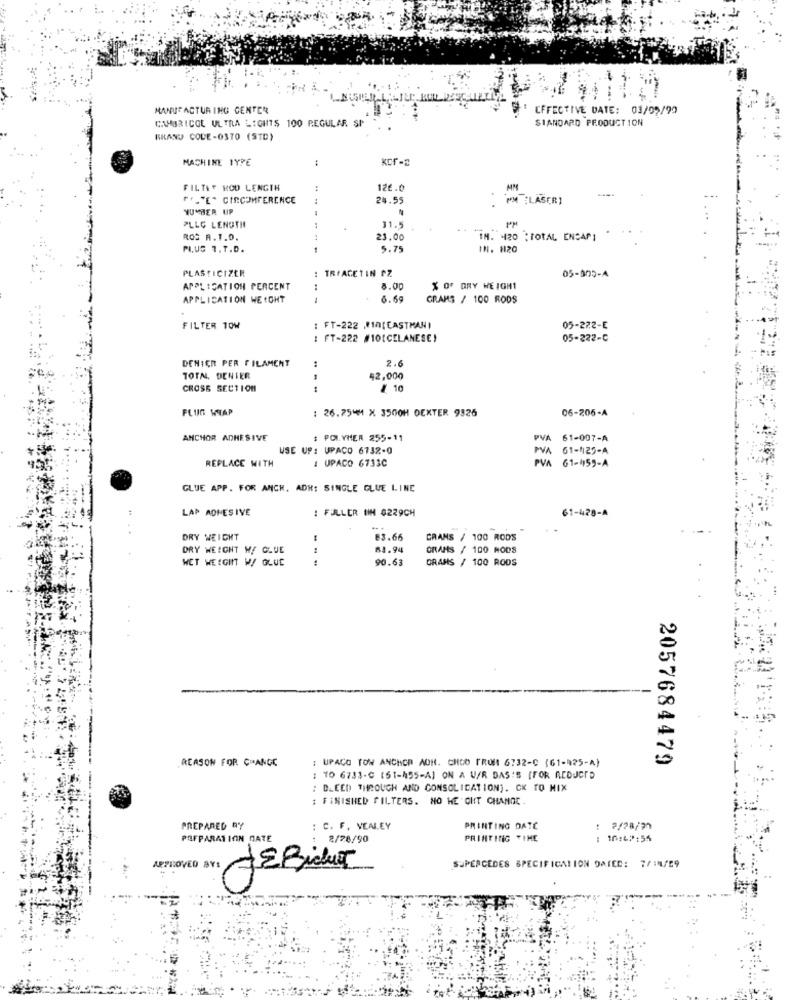
MANUFACTURING CENTER
EFFECTIVE DATE: 03/02/99
CAMBRIDGE ULTRA LIGHTS 100 REGULAR SP
STANDARD PRODUCTION
BRAND CODE-0370 (STD)
MACHINE TYPE
FILTET HOD LENGTH
.4
126.0
"L"E" CIRCUMFERENCE
24.5
PM (LASER)
NUMBER UP
PLLC LENGTH
31.5
ROS R.1.O.
21.00
IM. 420 :TOTAL ENCAP)
PLUS T.T.D.
1
5.75
IN. 120
PLASTICIZER
: TRFACETIN PZ
05-905-4
APPLICATION PERCENT
8.00
% OF DRY WEIGHT
APPLICATION WEIGHT
6.69
GRAMS / 100 RODS
FILTER TOW
FT-222 MIN[CASTMAN)
05-222-E
: FT-222 #10[CELANESE)
05-222-C
DENIER PER FILAMENT
2.6
TOTA. DENIER
42,000
CROSS SECTION
/ 10
FLUG WRAP
26.7544 X 3500H DEXTER 9326
06-205-A
ANCHOR ADHESIVE
POLYMER 255-11
PVA 61-007-A
USE UP: UPACO 6732-0
PVA 61-1|25-A
REPLACE WITH
1 UPACO 6733C
A 61-459-A
GLUE APP. FOR ANCH. ADH: SINGLE GLUE LINE
LAP ADHESIVE
: FULLER UM 0229CH
61-428-A
DRY WEIGHT
63.66
GRAMS / 100 RODS
DRY WEIGHT W/ CLUE
84.94
GRAMS / 100 MODS
WET WEIGIN W/ GLUE
90.63
GRANS / 100 RODS
: UPACO TOW ANCHOR AON. CHOD TROR 6732-C (61-925-A)
2057684479
REASON FOR CHANGE
: TO 6733-C (51-A55-A] ON A U/R DAS'S [FOR REDJORD
: BLEED THROUGH AND CONSOLIDATION). CK TO MIX
: FINISHED FILTERS. NO HE CHT CHANGE .
PREPARED BY
: C. F. VENEY
PRINTING DATE
2/28/21
PREPARATION DATE
2/28/90
PRINTING TIME
10:47:55
APPROVED BY:
SUPERCEDES SPECIFICATION DATED: 7/14/09